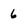
Character: 6